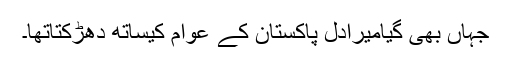
جہاں بھی گیامیرادل پاکستان کے عوام کیساتھ دھڑکتاتھا۔